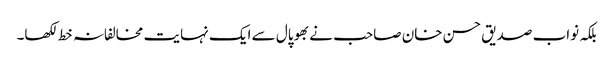
بلکہ نواب صدیق حسن خان صاحب نے بھوپال سے ایک نہایت مخالفانہ خط لکھا۔